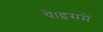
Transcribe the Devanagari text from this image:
थे।इसमें